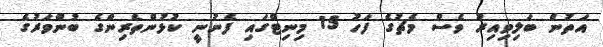
އަތުން ބަލިވިއިރު ވެސް މެޗުގެ ފަހު 15 މިނިޓްގައި ފެނުނީ ކުޅުންތެރިންގެ ބުންވަރުގެ